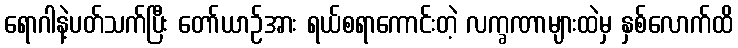
ရောဂါနဲ့ပတ်သက်ပြီး တော်ယာဉ်အား ရယ်စရာကောင်းတဲ့ လက္ခဏာများထဲမှ နှစ်လောက်ထိ